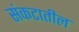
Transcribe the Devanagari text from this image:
संकटातील